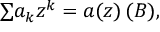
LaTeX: { \textstyle \sum } a _ { k } z ^ { k } = a ( z ) \, ( { \boldsymbol { B } } ) ,